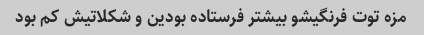
مزه توت فرنگیشو بیشتر فرستاده بودین و شکلاتیش کم بود